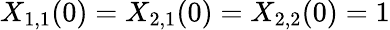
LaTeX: X_{1,1}(0)=X_{2,1}(0)=X_{2,2}(0)=1